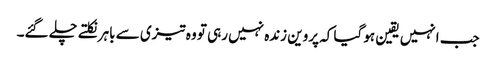
جب انہیں یقین ہو گیا کہ پروین زندہ نہیں رہی تو وہ تیزی سے باہر نکلتے چلے گئے۔